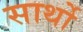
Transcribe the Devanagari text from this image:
सार्थो